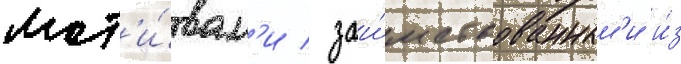
мот'и́вам'и / заи́мствованным'и и́з